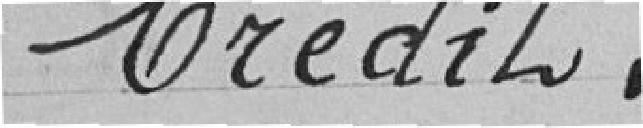
Crédit